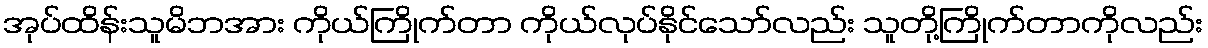
အုပ်ထိန်းသူမိဘအား ကိုယ်ကြိုက်တာ ကိုယ်လုပ်နိုင်သော်လည်း သူတို့ကြိုက်တာကိုလည်း